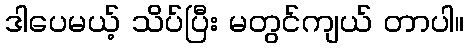
ဒါပေမယ့် သိပ်ပြီး မတွင်ကျယ် တာပါ။